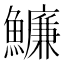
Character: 𩼔